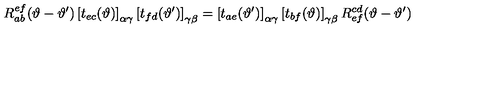
R _ { a b } ^ { e f } ( \vartheta - \vartheta ^ { \prime } ) \left[ t _ { e c } ( \vartheta ) \right] _ { \alpha \gamma } \left[ t _ { f d } ( \vartheta ^ { \prime } ) \right] _ { \gamma \beta } = \left[ t _ { a e } ( \vartheta ^ { \prime } ) \right] _ { \alpha \gamma } \left[ t _ { b f } ( \vartheta ) \right] _ { \gamma \beta } R _ { e f } ^ { c d } ( \vartheta - \vartheta ^ { \prime } )